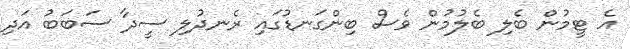
އެ ޓީމުން ބެލި ބެލުމުން ވެސް ބިންގަނޑުގައި ރެނދުލި ސީދާ ސަބަބު އަދި